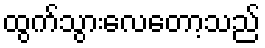
ထွက်သွားလေတော့သည်